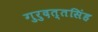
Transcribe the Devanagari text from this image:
गुरुदत्तसिंह